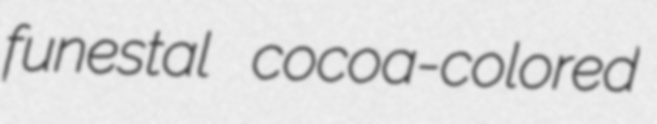
funestal cocoa-colored